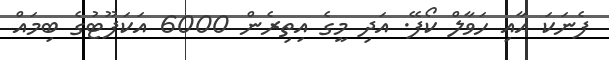
ފެނަކަ އާއި ހަވާލް ކޯފޭ. އަދި މީގެ އިތިރެން 6000 އަކަފޫޓުގެ ބިމައް